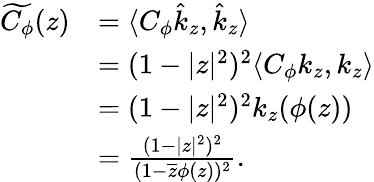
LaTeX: \begin{array}{rl}{\widetilde{C_{\phi}}(z)}&{=\langle C_{\phi}\hat{k}_{z},\hat{k}_{z}\rangle}\\ &{=(1-|z|^{2})^{2}\langle C_{\phi}{k_{z}},{k_{z}}\rangle}\\ &{=(1-|z|^{2})^{2}k_{z}(\phi(z))}\\ &{=\frac{(1-|z|^{2})^{2}}{(1-\overline{{z}}\phi(z))^{2}}.}\end{array}